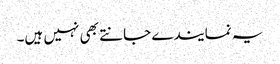
یہ نمایندے جانتے بھی نہیں ہیں۔